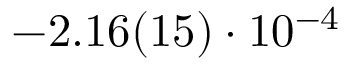
- 2 . 1 6 ( 1 5 ) \cdot 1 0 ^ { - 4 }